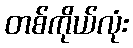
တစ်ကိုယ်လုံး